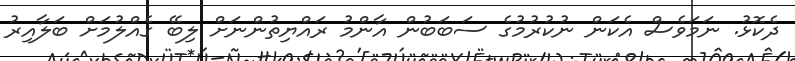
ދެކޮޅު. ނަމަވެސް އެކަން ނުކުރުމުގެ ސަބަބުން އާންމު ރައްޔިތުންނަށް ލިބޭ ގެއްލުމަށް ބަލާއިރު